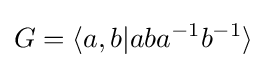
G=\langle a,b|aba^{-1}b^{-1}\rangle